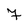
Character: 7